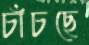
চাঁচছে